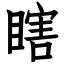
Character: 瞎